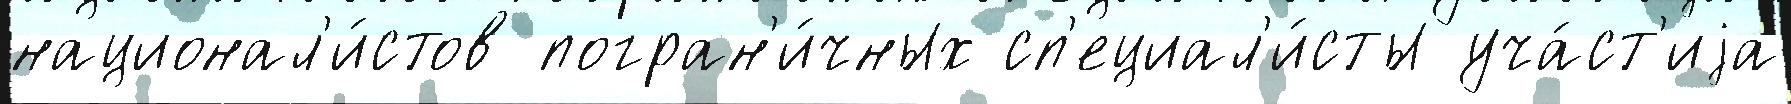
национал'и́стов погран'и́чных сп'ециал'и́сты уча́ст'иjа